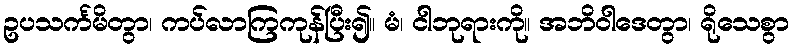
ဥပသင်္ကမိတွာ၊ ကပ်လာကြကုန်ပြီး၍။ မံ၊ ငါဘုရားကို။ အဘိဝါဒေတွာ၊ ရိုသေစွာ